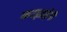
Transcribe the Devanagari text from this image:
करझाईंनी